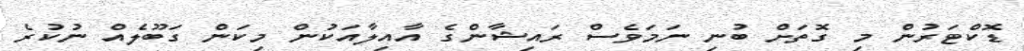
ޑޮކްޓަރުން މި ގޮތަށް ބުނި ނަމަވެސް ރައިޝާންގެ އާއިލާއަކުން މިކަން ގަބޫލެއް ނުކުރެ